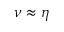
\nu \approx \eta